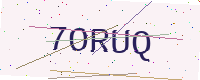
Text: 7ORUQ